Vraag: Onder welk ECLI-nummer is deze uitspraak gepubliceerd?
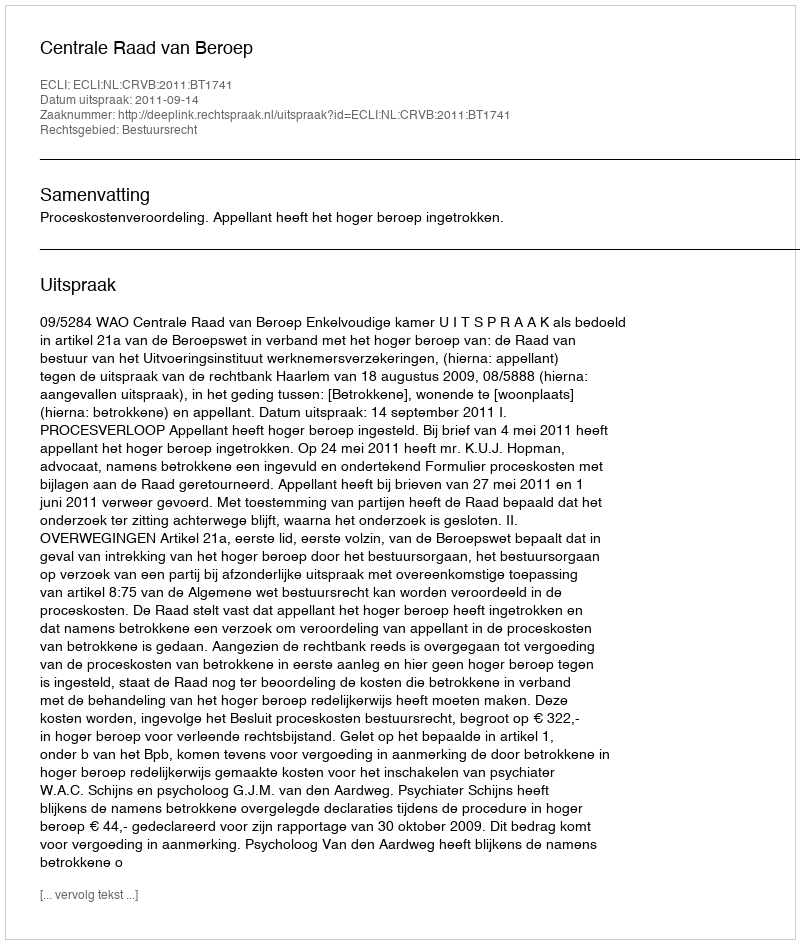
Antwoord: ECLI:NL:CRVB:2011:BT1741